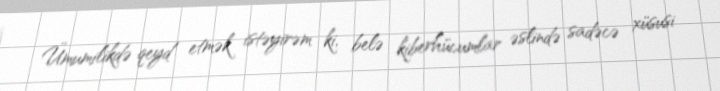
Ümumilikdə qeyd etmək istəyirəm ki, belə kiberhücumlar əslində sadəcə xüsusi